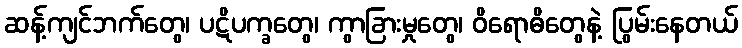
ဆန့်ကျင်ဘက်တွေ၊ ပဋိပက္ခတွေ၊ ကွာခြားမှုတွေ၊ ဝိရောဓိတွေနဲ့ ပြွမ်းနေတယ်